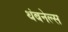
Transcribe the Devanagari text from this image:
थंबनेल्स